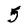
Character: 5